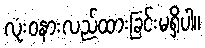
လုံးဝနားလည်ထားခြင်းမရှိပါ။